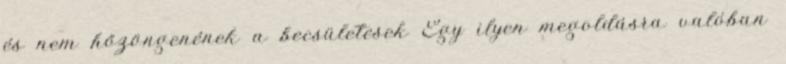
és nem hőzöngenének a becsületesek Egy ilyen megoldásra valóban